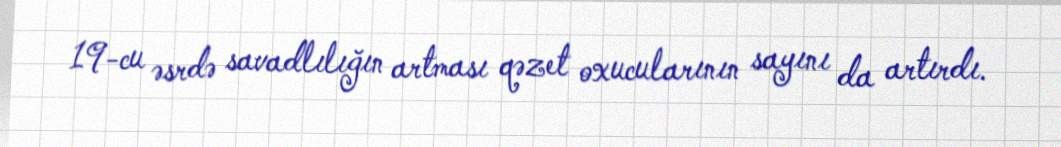
19-cu əsrdə savadlılığın artması qəzet oxucularının sayını da artırdı.